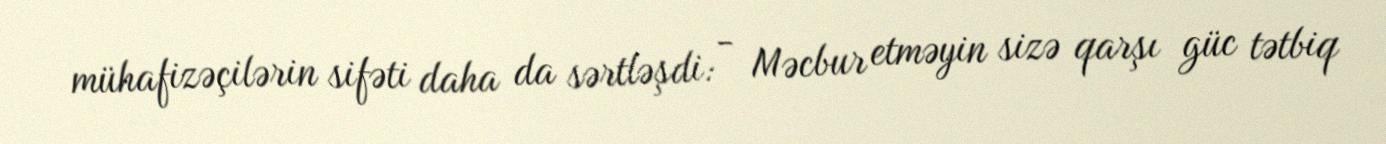
mühafizəçilərin sifəti daha da sərtləşdi: - Məcbur etməyin sizə qarşı güc tətbiq